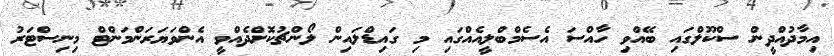
އިމާދުއްދީން ސްކޫލްގައި ބޭއްވި ހާއްސަ އެސެމްބްލީއެއްގައި މި ގައިޑްލައިން ލޯންޗުކޮށްދެއްވީ އެންވަޔަރަންމަންޓް މިނިސްޓަރު